Civil Veterinary Dept. Bombay admin report 1907-1913 - 1907-1913
Year: 1907
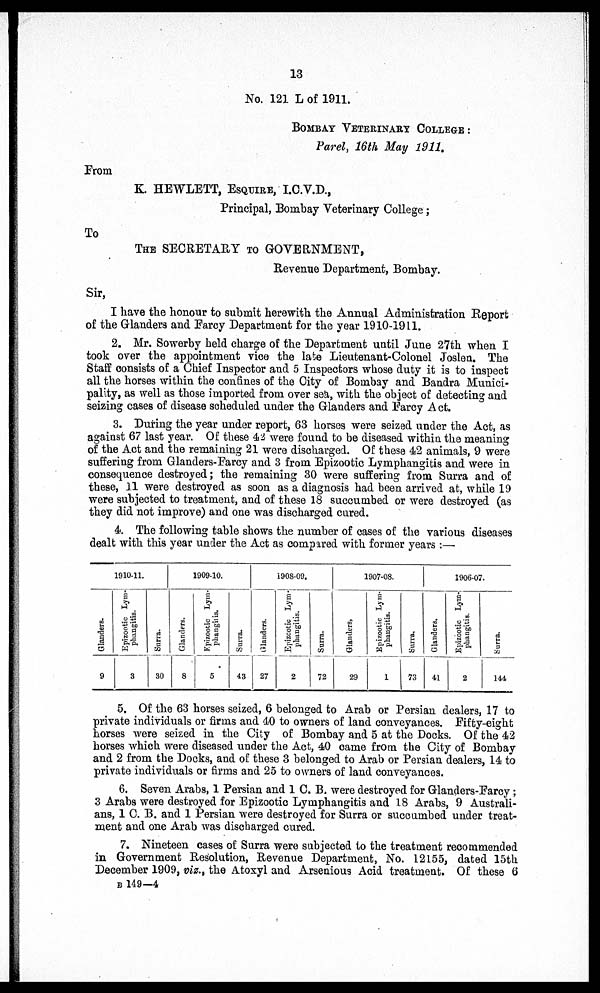
13
No. 121 L of 1911.
BOMBAY VETERINARY COLLEGE :
Perel, 16th May 1911.
From
K. HEWLETT, ESQUIRE, I.C.V.D.,
Principal, Bombay Veterinary College;
To
THE SECRETARY TO GOVERNMENT,
Revenue Department, Bombay.
Sir,
I have the honour to submit herewith the Annual Administration Report
of the Glanders and Farcy Department for the year 1910-1911.
2. Mr. Sowerby held charge of the Department until June 27th when I
took over the appointment vice the late Lieutenant-Colonel Joslen. The
Staff consists of a Chief Inspector and 5 Inspectors whose duty it is to inspect
all the horses within the confines of the City of Bombay and Bandra Munici-
pality, as well as those imported from over sea, with the object of detecting and
seizing cases of disease scheduled under the Glanders and Farcy Act.
3. During the year under report, 63 horses were seized under the Act, as
against 67 last year. Of these 42 were found to be diseased within the meaning
of the Act and the remaining 21 were discharged. Of these 42 animals, 9 were
suffering from Glanders-Farcy and 3 from Epizootic Lymphangitis and were in
consequence destroyed; the remaining 30 were suffering from Surra and of
these, 11 were destroyed as soon as a diagnosis had been arrived at, while 19
were subjected to treatment, and of these 18 succumbed or were destroyed (as
they did not improve) and one was discharged cured.
4. The following table shows the number of cases of the various diseases
dealt with this year under the Act as compared with former years :—
1910-11.
Glanders.
9
Epizootic Lym-
phangitis.
3
Surra.
30
1909-10.
Glanders.
8
Epizootic Lym-
phangitis.
5
Surra.
43
1908-09.
Glanders.
27
Epizootic Lym-
phangitis.
2
Surra.
72
1907-08.
Glanders,
29
Epizootic Lym-
phangitis.
1
Surra.
73
1906-07.
Glanders.
41
Epizootic Lym-
phangitis.
2
Surra.
144
5. Of the 63 horses seized, 6 belonged to Arab or Persian dealers, 17 to
private individuals or firms and 40 to owners of land conveyances. Fifty-eight
horses were seized in the City of Bombay and 5 at the Docks. Of the 42
horses which were diseased under the Act, 40 came from the City of Bombay
and 2 from the Docks, and of these 3 belonged to Arab or Persian dealers, 14 to
private individuals or firms and 25 to owners of land conveyances.
6. Seven Arabs, 1 Persian and 1 C. B. were destroyed for Glanders-Farcy ;
3 Arabs were destroyed for Epizootic Lymphangitis and 18 Arabs, 9 Australi-
ans, 1 0. B. and 1 Persian were destroyed for Surra or succumbed under treat-
ment and one Arab was discharged cured.
7. Nineteen cases of Surra were subjected to the treatment recommended
in Government Resolution, Revenue Department, No. 12155, dated 15th
December 1909, viz., the Atoxyl and Arsenious Acid treatment. Of these 6
B 149—4